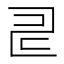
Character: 𠃬